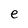
Character: e